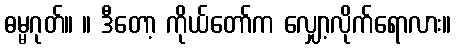
ဓမ္မဂုတ်။ ။ ဒီတော့ ကိုယ်တော်က လျှော့လိုက်ရောလား။